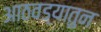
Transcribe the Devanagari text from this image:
आठवड्यातुन